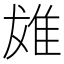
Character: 𨾩